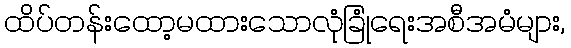
ထိပ်တန်းထော့မထားသောလုံခြုံရေးအစီအမံများ,